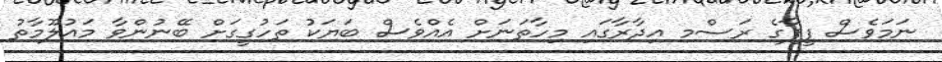
ނަމަވެސް ފީފާގެ ރަސްމ އިދާރާގައި މިހާތަނަށް އެއްވެސް ބަޔަކު ތަހުގީގަށް ބޭނުންވާ މައުލޫމާތު